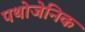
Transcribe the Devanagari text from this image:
पथोजेनिक